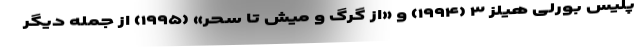
پلیس بورلی هیلز ۳ (۱۹۹۴) و «از گرگ و میش تا سحر» (۱۹۹۵) از جمله دیگر